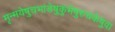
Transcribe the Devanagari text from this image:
मृन्मयेषुचभांडेषुकुंभेषुरुचकेषुवा